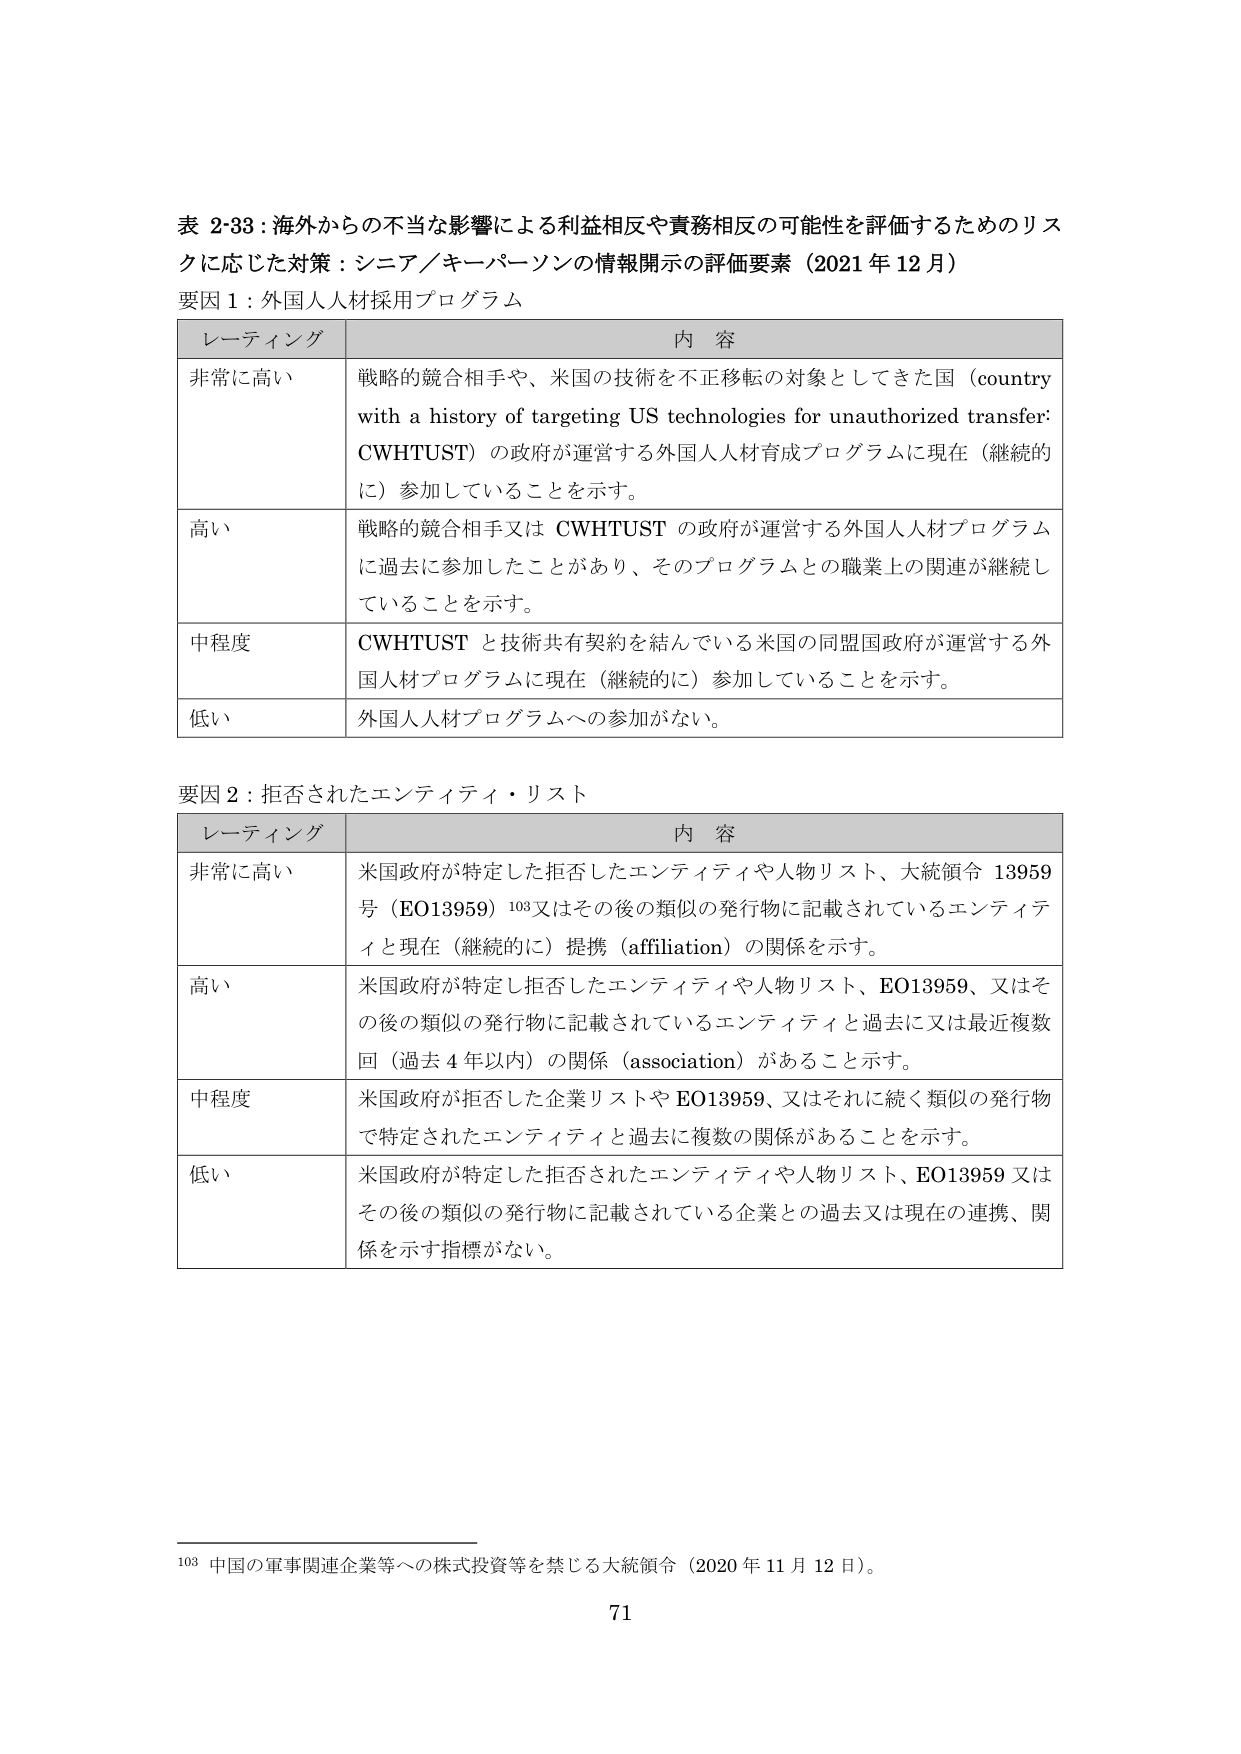
表 2-33：海外からの不当な影響による利益相反や責務相反の可能性を評価するためのリスクに応じた対策：シニア／キーパーソンの情報開示の評価要素（2021 年 12 月）

要因 1：外国人人材採用プログラム

レーティング 内 容
非常に高い 戦略的競合相手や、米国の技術を不正移転の対象としてきた国（country with a history of targeting US technologies for unauthorized transfer: CWHTUST）の政府が運営する外国人人材育成プログラムに現在（継続的に）参加していることを示す。
高い 戦略的競合相手又は CWHTUST の政府が運営する外国人人材プログラムに過去に参加したことがあり、そのプログラムとの職業上の関連が継続していることを示す。
中程度 CWHTUST と技術共有契約を結んでいる米国の同盟国政府が運営する外国人材プログラムに現在（継続的に）参加していることを示す。
低い 外国人人材プログラムへの参加がない。

要因 2：拒否されたエンティティ・リスト

レーティング 内 容
非常に高い 米国政府が特定した拒否したエンティティや人物リスト、大統領令 13959 号（EO13959）103 又はその後の類似の発行物に記載されているエンティティと現在（継続的に）提携（affiliation）の関係を示す。
高い 米国政府が特定し拒否したエンティティや人物リスト、EO13959、又はその後の類似の発行物に記載されているエンティティと過去に又は最近複数回（過去 4 年以内）の関係（association）があることを示す。
中程度 米国政府が拒否した企業リストや EO13959、又はそれに続く類似の発行物で特定されたエンティティと過去に複数の関係があることを示す。
低い 米国政府が特定した拒否されたエンティティや人物リスト、EO13959 又はその後の類似の発行物に記載されている企業との過去又は現在の連携、関係を示す指標がない。

103 中国の軍事関連企業等への株式投資等を禁じる大統領令（2020 年 11 月 12 日）。

71